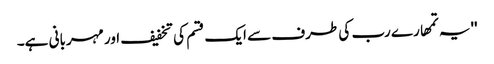
''یہ تمھارے رب کی طرف سے ایک قسم کی تخفیف اور مہربانی ہے۔